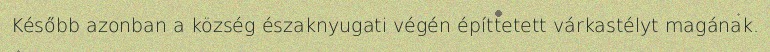
Később azonban a község északnyugati végén építtetett várkastélyt magának.